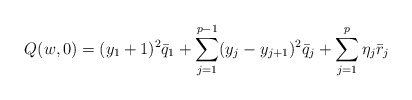
\begin{align*}Q(w,0)=(y_1+1)^2{\bar q}_1+\sum_{j=1}^{p-1}(y_j-y_{j+1})^2{\bar q}_j+\sum_{j=1}^p\eta_j{\bar r}_j\end{align*}